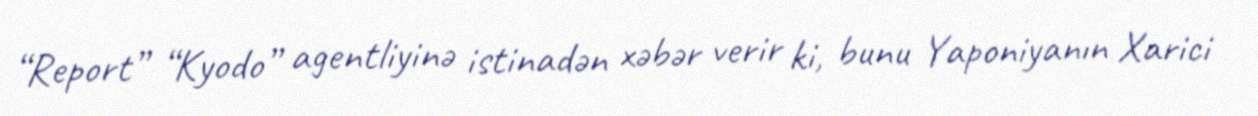
“Report” “Kyodo” agentliyinə istinadən xəbər verir ki, bunu Yaponiyanın Xarici